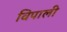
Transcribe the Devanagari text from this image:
विपाली